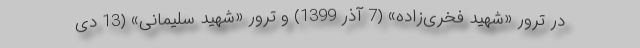
در ترور «شهید فخری‌زاده» (7 آذر 1399) و ترور «شهید سلیمانی» (13 دی